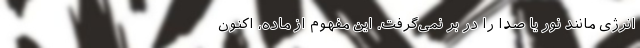
انرژی مانند نور یا صدا را در بر نمی‌گرفت. این مفهوم از ماده، اکنون